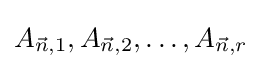
A_{{\vec {n}},1},A_{{\vec {n}},2},\dots ,A_{{\vec {n}},r}